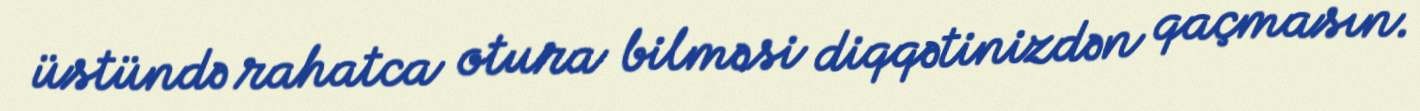
üstündə rahatca otura bilməsi diqqətinizdən qaçmasın.